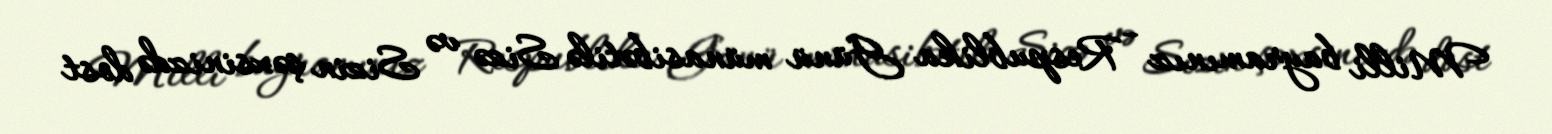
Milli bayramınız - Respublika Günü münasibətilə Sizə və Sizin şəxsinizdə dost